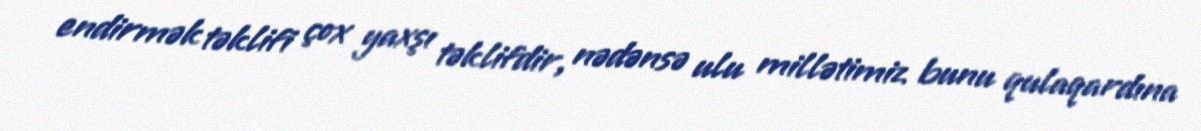
endirmək təklifi çox yaxşı təklifdir, nədənsə ulu millətimiz bunu qulaqardına